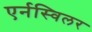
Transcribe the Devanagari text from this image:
एर्नस्विलर